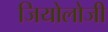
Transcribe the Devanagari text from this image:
जियोलोजी